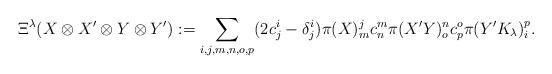
LaTeX: \begin{align*}\Xi^{\lambda}(X\otimes X^{\prime}\otimes Y\otimes Y^{\prime}) := \sum_{i,j,m,n,o,p}(2c_{j}^{i}-\delta_{j}^{i})\pi(X)_{m}^{j}c_{n}^{m}\pi(X^{\prime}Y)_{o}^{n}c_{p}^{o}\pi(Y^{\prime}K_{\lambda})_{i}^{p}.\end{align*}